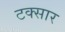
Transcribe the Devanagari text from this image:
टक्सार